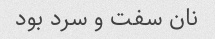
نان سفت و سرد بود